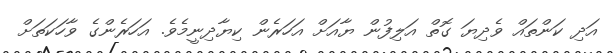
އަދި ކަންތައް ވެދިޔަ ގޮތް އަލިފުން ޔާއަށް އަހަރެން ކިޔާދިނީމެވެ. އަހަރެންގެ ވާހަކަތަށް